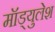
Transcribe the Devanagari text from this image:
मॉड्युलेश